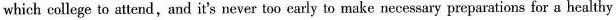
which college to attend, and it's never too early to make necessary preparations for a healthy